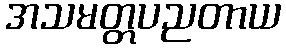
အသမတ္တပညတာယ